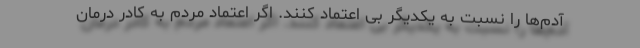
آدم‌ها را نسبت به یکدیگر بی اعتماد کنند. اگر اعتماد مردم به کادر درمان